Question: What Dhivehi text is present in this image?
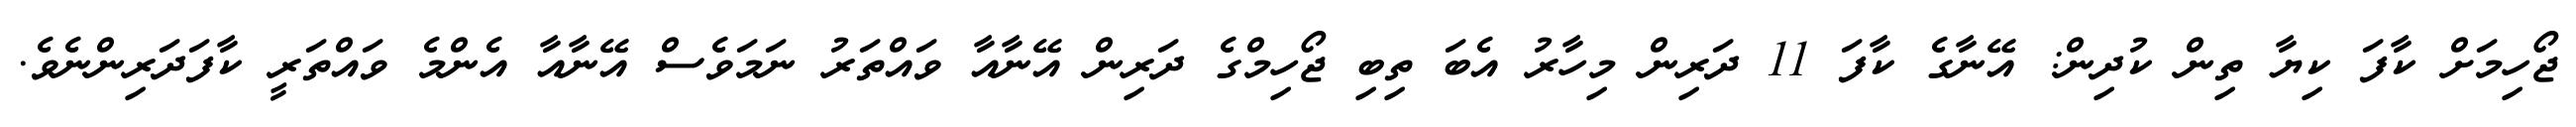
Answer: ޖޯހިމަށް ކާފަ ކިޔާ ތިން ކުދިން: އޭނާގެ ކާފަ 11 ދަރިން މިހާރު އެބަ ތިބި ޖޯހިމްގެ ދަރިން އޭނާއާ ވައްތަރު ނަމަވެސް އޭނާއާ އެންމެ ވައްތަރީ ކާފަދަރިންނެވެ.